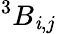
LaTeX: ^{3}B_{\mathit{i},j}